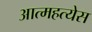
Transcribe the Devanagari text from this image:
आत्महत्येस